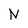
Character: N